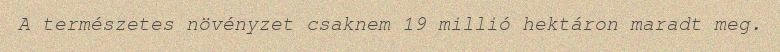
A természetes növényzet csaknem 19 millió hektáron maradt meg.